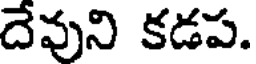
దేవుని కడప.